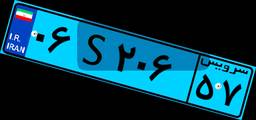
۵۵S۷۲۶۲۲